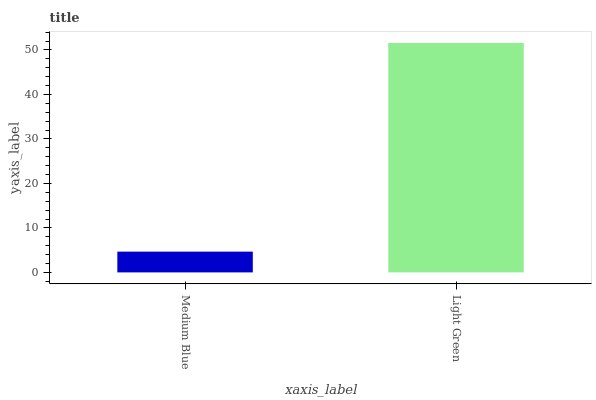
| xaxis_label | bars |
 | --- | --- |
 | Medium Blue | 4.67 |
 | Light Green | 51.6 |